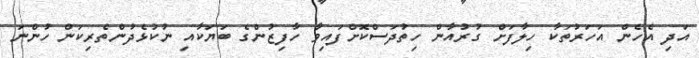
އަދި އެހެން އަހަރުތަކާ ހިލާފަށް ގުރުއާން ހިތުދަސްކޮށްފައިވާ ހާފިޒުންގެ ބަޔަކާއި ނުކުޅެދުންތެރިކަން ހުންނަ